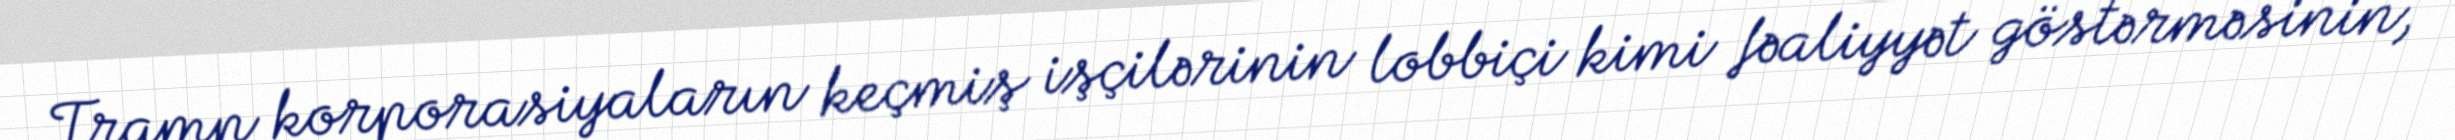
Tramp korporasiyaların keçmiş işçilərinin lobbiçi kimi fəaliyyət göstərməsinin,